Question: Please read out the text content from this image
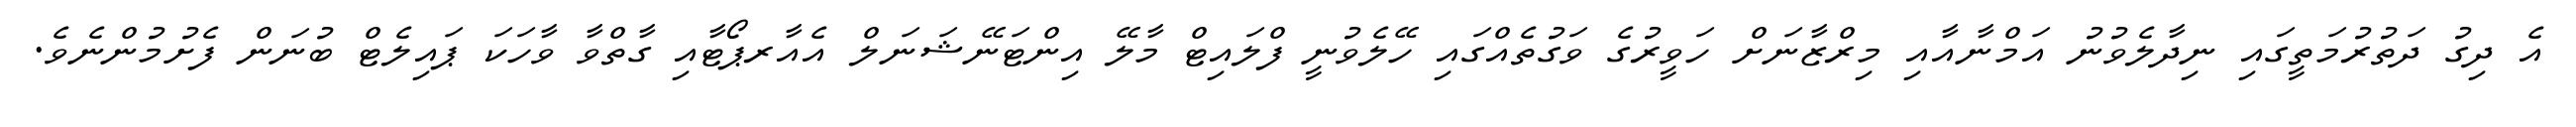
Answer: އެ ދިގު ދަތުރުމަތީގައި ނިދާލެވުނު އަމްނާއާއި މިރްޒާނަށް ހަވީރުގެ ވަގުތެއްގައި ހޭލެވުނީ ފްލައިޓް މާލޭ އިންޓަނޭޝަނަލް އެއާރޕޯޓާއި ގާތްވާ ވާހަކަ ޕައިލެޓް ބުނަން ފެށުމުންނެވެ.